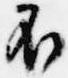
不